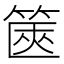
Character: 篋